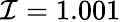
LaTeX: \mathcal{I}=1.001